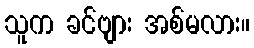
သူက ခင်ဗျား အစ်မလား။